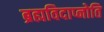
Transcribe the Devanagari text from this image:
ब्रह्मविदाप्नोति